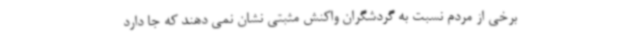
برخی از مردم نسبت به گردشگران واکنش مثبتی نشان نمی دهند که جا دارد